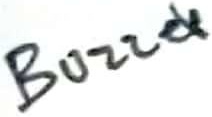
Text: Buzzer